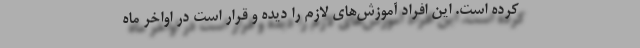
کرده است. این افراد آموزش‌های لازم را دیده و قرار است در اواخر ماه